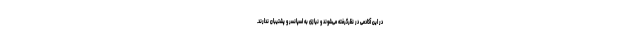
در این آکادمی در نظرگرفته می‌شوند و نیازی به اسپانسر و پشتیبان ندارند.